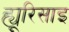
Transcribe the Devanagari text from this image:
ह्यूरिसाइ